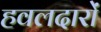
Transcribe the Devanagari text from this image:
हवलदारों